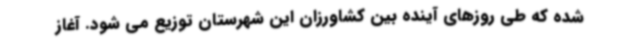
شده که طی روزهای آینده بین کشاورزان این شهرستان توزیع می شود. آغاز